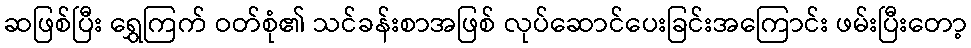
ဆဖြစ်ပြီး ရွှေကြက် ဝတ်စုံ၏ သင်ခန်းစာအဖြစ် လုပ်ဆောင်ပေးခြင်းအကြောင်း ဖမ်းပြီးတော့